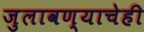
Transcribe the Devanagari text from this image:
जुलावण्याचेही